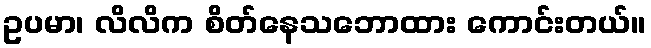
ဥပမာ၊ လိလိက စိတ်နေသဘောထား ကောင်းတယ်။